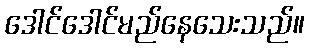
ဒေါင်ဒေါင်မည်နေသေးသည်။